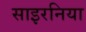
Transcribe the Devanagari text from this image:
साइरनिया